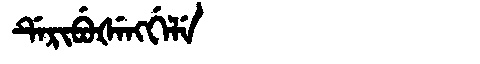
Manchu: ᡩᡝᡵᡳᠪᡠᡧᡝᠩᡤᡝᠯᡝ
Romanization: DERIBUŠENGGELE